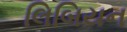
લિબિયન